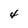
Character: 4